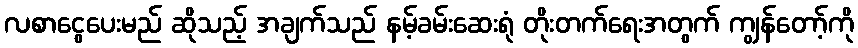
လစာငွေပေးမည် ဆိုသည့် အချက်သည် နမ့်ခမ်းဆေးရုံ တိုးတက်ရေးအတွက် ကျွန်တော့်ကို